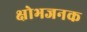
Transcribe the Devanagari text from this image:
क्षोभजनक